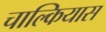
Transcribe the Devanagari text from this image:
चाल्कियास